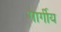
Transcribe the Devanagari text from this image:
गार्गीय